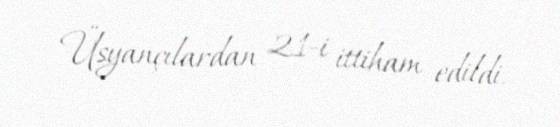
Üsyançılardan 21-i ittiham edildi.